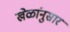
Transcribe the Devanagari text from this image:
खेळांनुसार